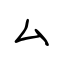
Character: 厶